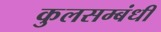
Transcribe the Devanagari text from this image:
कुलसम्बंधी